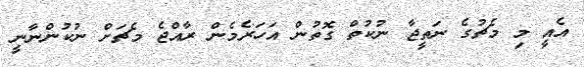
އެއީ މި މެޗުގެ ނަތީޖާ ނުކުތް ގޮތުން އަހަރެމެން ރާއްޖެ މެޗަށް ނުކުންނާނީ